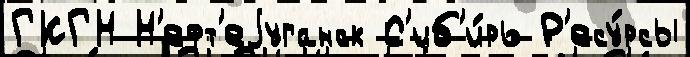
ГКГН Н'ефт'еjуганск С'иб'и́рь Р'есу́рсы